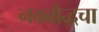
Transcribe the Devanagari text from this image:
नवबौद्धचा